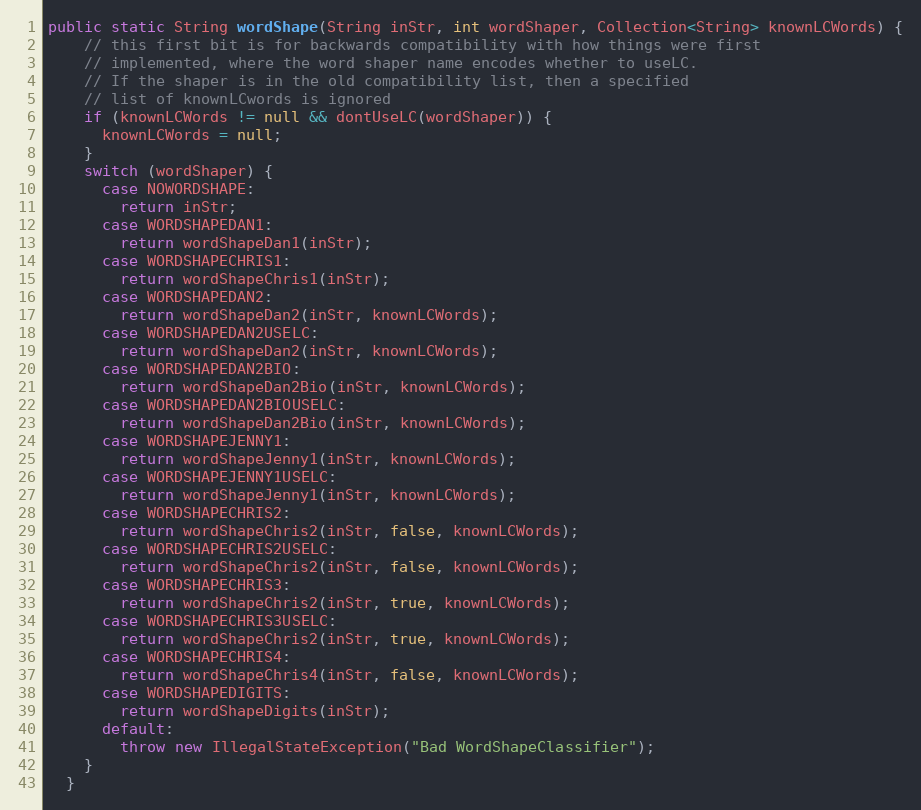
Language: Java
public static String wordShape(String inStr, int wordShaper, Collection<String> knownLCWords) {
    // this first bit is for backwards compatibility with how things were first
    // implemented, where the word shaper name encodes whether to useLC.
    // If the shaper is in the old compatibility list, then a specified
    // list of knownLCwords is ignored
    if (knownLCWords != null && dontUseLC(wordShaper)) {
      knownLCWords = null;
    }
    switch (wordShaper) {
      case NOWORDSHAPE:
        return inStr;
      case WORDSHAPEDAN1:
        return wordShapeDan1(inStr);
      case WORDSHAPECHRIS1:
        return wordShapeChris1(inStr);
      case WORDSHAPEDAN2:
        return wordShapeDan2(inStr, knownLCWords);
      case WORDSHAPEDAN2USELC:
        return wordShapeDan2(inStr, knownLCWords);
      case WORDSHAPEDAN2BIO:
        return wordShapeDan2Bio(inStr, knownLCWords);
      case WORDSHAPEDAN2BIOUSELC:
        return wordShapeDan2Bio(inStr, knownLCWords);
      case WORDSHAPEJENNY1:
        return wordShapeJenny1(inStr, knownLCWords);
      case WORDSHAPEJENNY1USELC:
        return wordShapeJenny1(inStr, knownLCWords);
      case WORDSHAPECHRIS2:
        return wordShapeChris2(inStr, false, knownLCWords);
      case WORDSHAPECHRIS2USELC:
        return wordShapeChris2(inStr, false, knownLCWords);
      case WORDSHAPECHRIS3:
        return wordShapeChris2(inStr, true, knownLCWords);
      case WORDSHAPECHRIS3USELC:
        return wordShapeChris2(inStr, true, knownLCWords);
      case WORDSHAPECHRIS4:
        return wordShapeChris4(inStr, false, knownLCWords);
      case WORDSHAPEDIGITS:
        return wordShapeDigits(inStr);
      default:
        throw new IllegalStateException("Bad WordShapeClassifier");
    }
  }